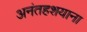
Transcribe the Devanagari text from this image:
अनंतहशयाना